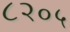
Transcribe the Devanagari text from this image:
८२०५